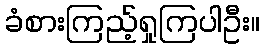
ခံစားကြည့်ရှုကြပါဦး။